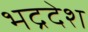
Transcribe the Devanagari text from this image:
भद्रदेश